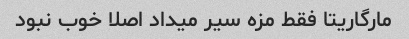
مارگاریتا فقط مزه سیر میداد اصلا خوب نبود